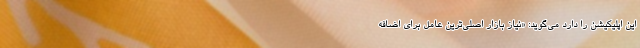
این اپلیکیشن را دارد می‌گوید: «نیاز بازار اصلی‌ترین عامل برای اضافه